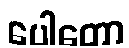
ပေါတော